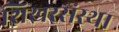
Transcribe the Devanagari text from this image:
शिखरसंस्था